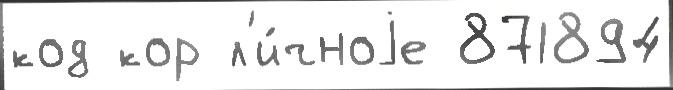
код кор л'и́чноjе 871894